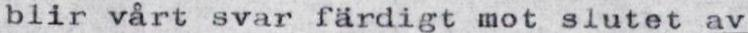
blir vårt svar färdigt mot slutet av